Leaving Certificate Examination, 1913
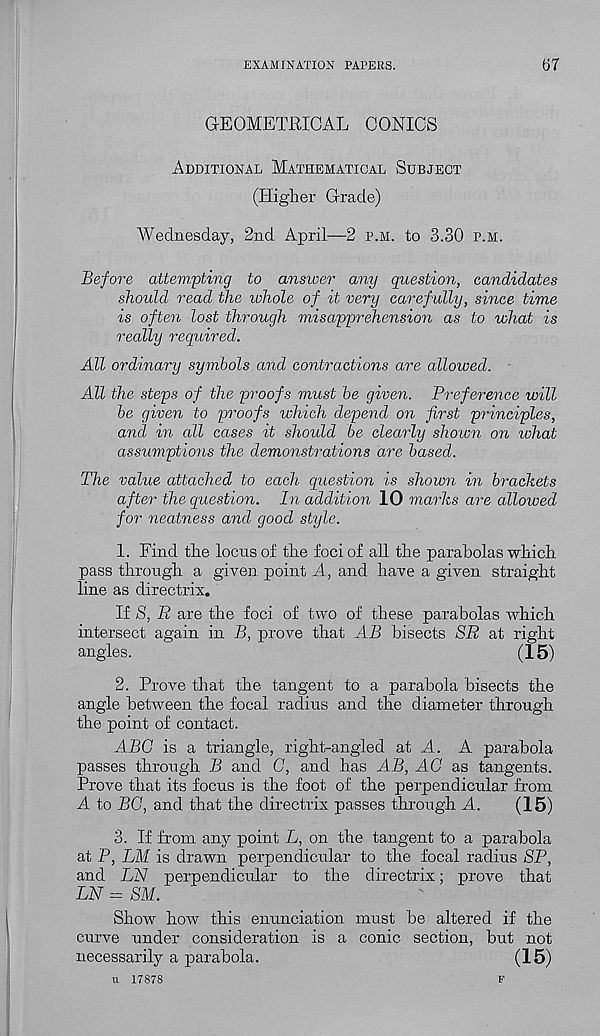
EXAMINATION PAPERS.
67
GEOMETRICAL CONICS
Additional Mathematical Subject
(Higher Grade)
Wednesday, 2nd April—2 p.h. to 3.30 p.m.
Before attempting to answer any question, candidates
should read the whole of it very carefully, since time
is often lost through misapprehension as to what is
really required.
All ordinary symbols and contractions are allowed.
All the steps of the proofs must be given. Preference will
be given to proofs which depend on first py'inciples,
and in all cases it should be clearly shown on ivhat
assumptions the demonstrations are based.
The value attached to each question is shown in brackets
after the question. In addition 10 marks are allowed
for neatness and good style.
1. Find the locus of the foci of all the parabolas which
pass through a given, point A, and have a given straight
line as directrix.
If S, R are the foci of two of these parabolas which
intersect again in B, prove that AB bisects SR at right
angles.
(15)
2. Prove that the tangent to a parabola bisects the
angle between the focal radius and the diameter through
the point of contact.
ABC is a triangle, right-angled at A. A parabola
passes through B and C, and has AB, AC as tangents.
Prove that its focus is the foot of the perpendicular from
A to BC, and that the directrix passes through A.
(15)
3. If from any point L, on the tangent to a parabola
at P, LM is drawn perpendicular to the focal radius SP,
and LN perpendicular to the directrix; prove that
LN = SM.
Show how this enunciation must be altered if the
curve under consideration is a conic section, but not
necessarily a parabola.
(15)
u 17878
F